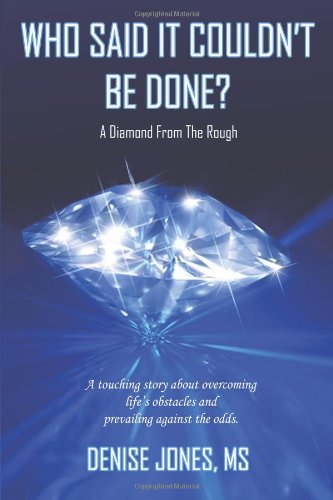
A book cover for Who Said It Couldn't Be Done?: A Diamond from the Rough; MS Denise Jones; Gay & Lesbian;